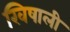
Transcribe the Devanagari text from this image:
खिषाली